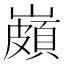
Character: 𡽠